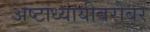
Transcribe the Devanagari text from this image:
अष्टाध्यायीबरोबर